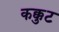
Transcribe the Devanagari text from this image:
कक्कुट